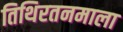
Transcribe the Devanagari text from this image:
तिथिरतनमाला